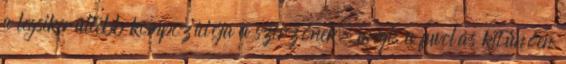
a legsikerültebb kompozíciója a szerzőnek, mégis a fuvolás kitűnően